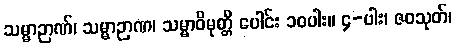
သမ္မာဉာဏ်၊ သမ္မာဉာဏ၊ သမ္မာဝိမုတ္တိ ပေါင်း ၁၀ပါး။ ၄-ပါး၊ ဇဝသုတ်၊